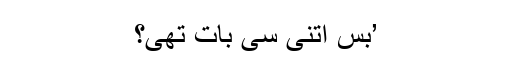
’بس اتنی سی بات تھی؟